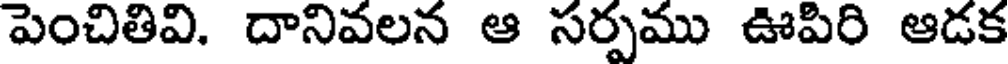
పెంచితివి. దానివలన ఆ సర్పము ఊపిరి ఆడక